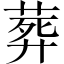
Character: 葬